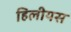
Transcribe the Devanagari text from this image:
हिलीयस